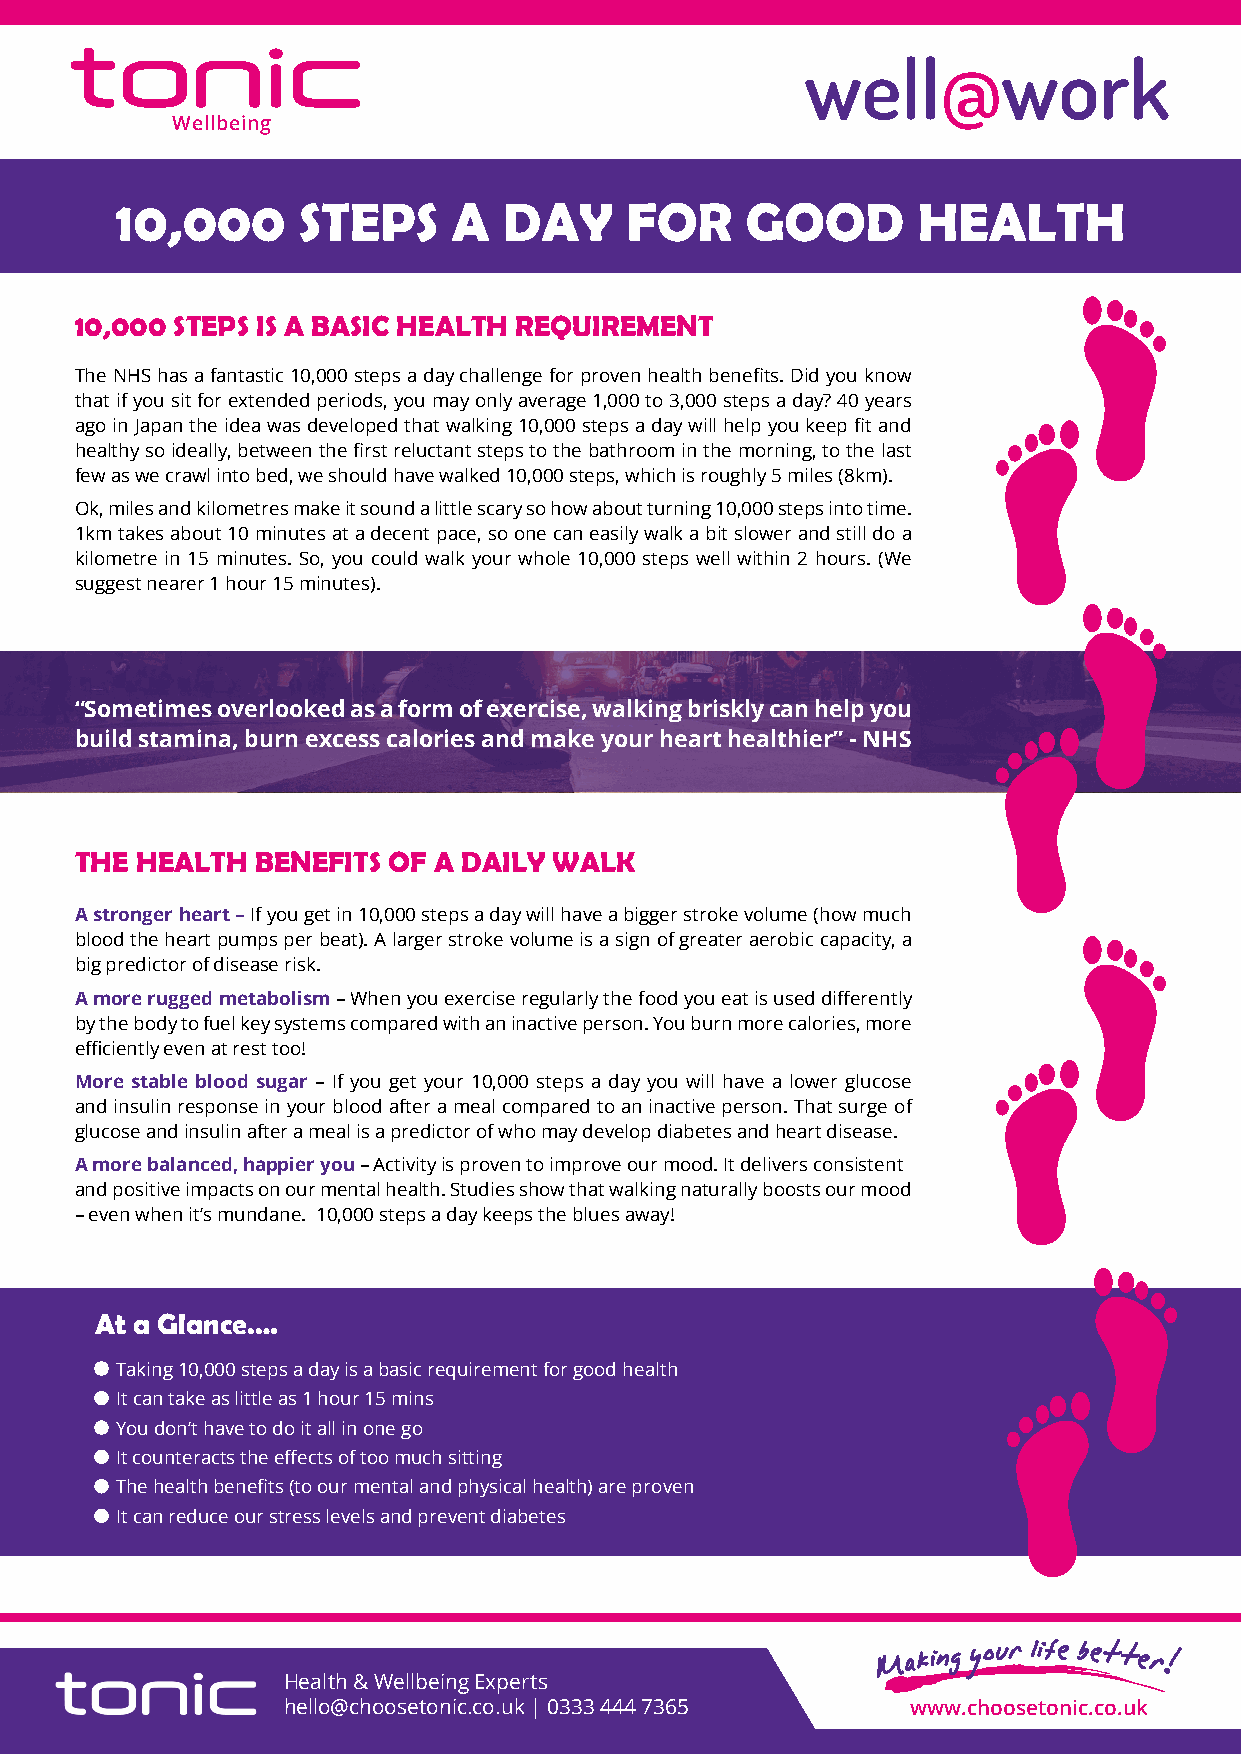
well@work
 Wellbeing
 10,000      STEPS     A  DAY     FOR     GOOD        HEALTH
 10,000 STEPS IS A BASIC HEALTH REQUIREMENT
 The NHS has a fantastic 10,000 steps a day challenge for proven health benefits. Did you know
 that if you sit for extended periods, you may only average 1,000 to 3,000 steps a day? 40 years
 ago in Japan the idea was developed that walking 10,000 steps a day will help you keep fit and
 healthy so ideally, between the first reluctant steps to the bathroom in the morning, to the last
 few as we crawl into bed, we should have walked 10,000 steps, which is roughly 5 miles (8km).
 Ok, miles and kilometres make it sound a little scary so how about turning 10,000 steps into time.
 1km takes about 10 minutes at a decent pace, so one can easily walk a bit slower and still do a
 kilometre in 15 minutes. So, you could walk your whole 10,000 steps well within 2 hours. (We
 suggest nearer 1 hour 15 minutes).
 “Sometimes overlooked as a form of exercise, walking briskly can help you
 build stamina, burn excess calories and make your heart healthier” - NHS
 THE HEALTH  BENEFITS OF A DAILY WALK
 A stronger heart – If you get in 10,000 steps a day will have a bigger stroke volume (how much
 blood the heart pumps per beat). A larger stroke volume is a sign of greater aerobic capacity, a
 big predictor of disease risk.
 A more rugged metabolism – When you exercise regularly the food you eat is used differently
 by the body to fuel key systems compared with an inactive person. You burn more calories, more
 efficiently even at rest too!
 More stable blood sugar – If you get your 10,000 steps a day you will have a lower glucose
 and insulin response in your blood after a meal compared to an inactive person. That surge of
 glucose and insulin after a meal is a predictor of who may develop diabetes and heart disease.
 A more balanced, happier you – Activity is proven to improve our mood. It delivers consistent
 and positive impacts on our mental health. Studies show that walking naturally boosts our mood
 – even when it’s mundane. 10,000 steps a day keeps the blues away!
 At a Glance….
 Taking 10,000 steps a day is a basic requirement for good health
 It can take as little as 1 hour 15 mins
 You don’t have to do it all in one go
 It counteracts the effects of too much sitting
 The health benefits (to our mental and physical health) are proven
 It can reduce our stress levels and prevent diabetes
 Health & Wellbeing Experts
 hello@choosetonic.co.uk | 0333 444 7365  www.choosetonic.co.uk